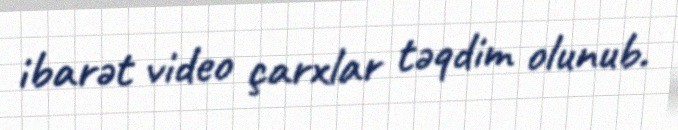
ibarət video çarxlar təqdim olunub.